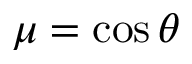
\mu = \cos \theta